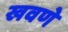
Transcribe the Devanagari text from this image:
खवणे